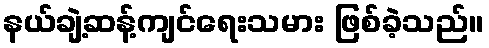
နယ်ချဲ့ဆန့်ကျင်ရေးသမား ဖြစ်ခဲ့သည်။